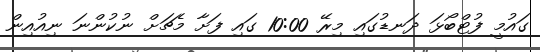
ގައުމީ ފުޓްބޯޅަ ދަނޑުގައި މިރޭ 10:00 ގައި ފަށާ މެޗަށް ނުކުންނަ ނިއުއިން